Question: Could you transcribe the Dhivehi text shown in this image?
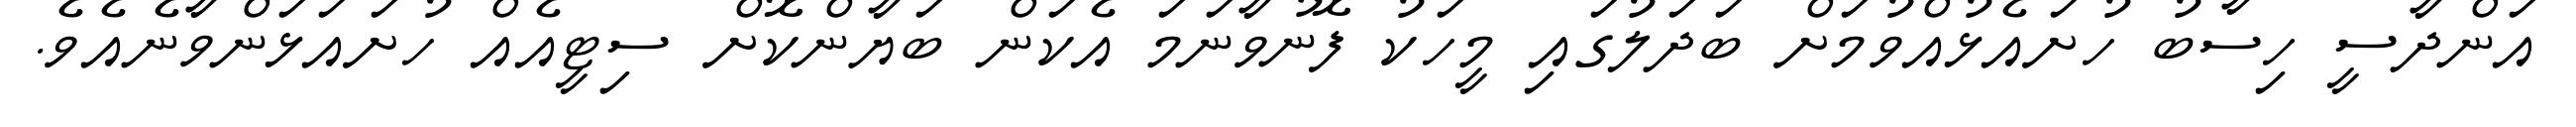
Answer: އަންދާސީ ހިސާބު ހުށައެޅުއްވުމަށް ބަދަލުގައި މީހަކު ފޮނުވާނަމަ އެކަން ބަޔާންކޮށް ސިޓީއެއް ހުށައަޅަންވާނެއެވެ.